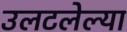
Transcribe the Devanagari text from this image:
उलटलेल्या